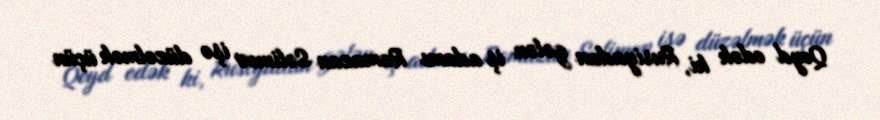
Qeyd edək ki, Rusiyadan gələn iş adamı Ramazan Səlimov işə düzəlmək üçün